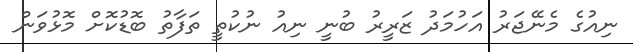
ނިއުގެ މެނޭޖަރު އަހުމަދު ޒަރީރު ބުނީ ނިއު ނުކުތީ ތަފާތު ބޮޑުކޮށް މޮޅުވަން